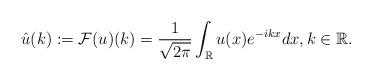
LaTeX: \begin{align*}\hat{u}(k) := \mathcal{F}(u)(k) = \frac{1}{\sqrt{2\pi}} \int_{\mathbb{R}} u(x) e^{-ikx} dx, k \in \mathbb{R}.\end{align*}